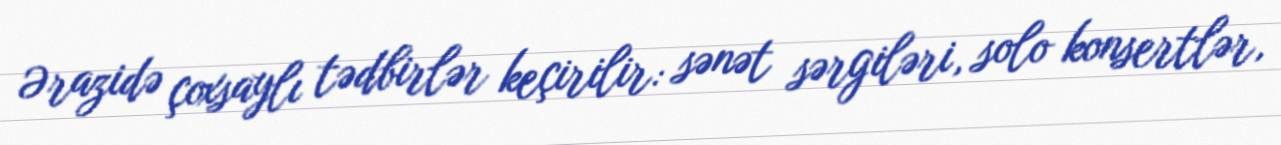
Ərazidə çoxsaylı tədbirlər keçirilir: sənət sərgiləri, solo konsertlər,